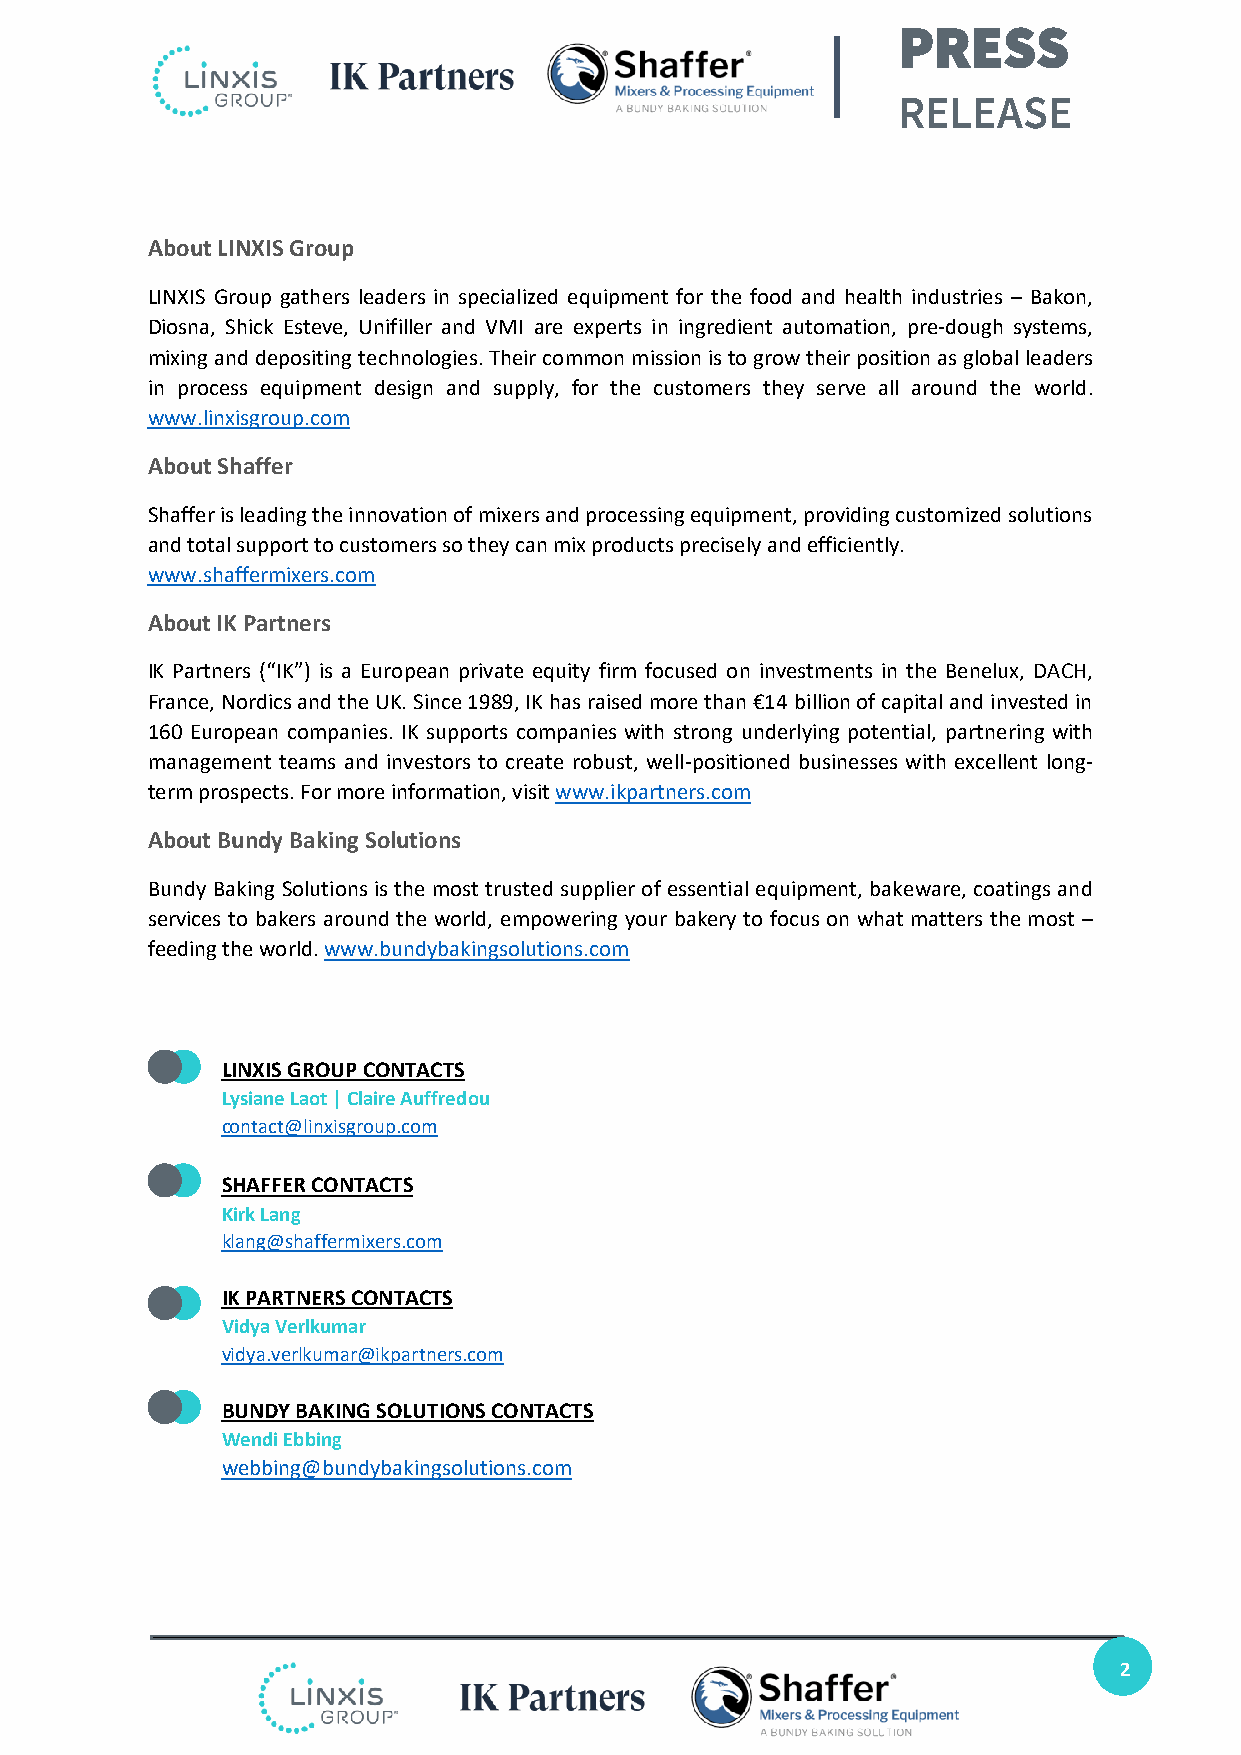
PRESS
 RELEASE
 About LINXIS Group
 LINXIS Group gathers leaders in specialized equipment for the food and health industries – Bakon,
 Diosna, Shick Esteve, Unifiller and VMI are experts in ingredient automation, pre-dough systems,
 mixing and depositing technologies. Their common mission is to grow their position as global leaders
 in process equipment design and supply, for the customers they serve all around the world.
 www.linxisgroup.com
 About Shaffer
 Shaffer is leading the innovation of mixers and processing equipment, providing customized solutions
 and total support to customers so they can mix products precisely and efficiently.
 www.shaffermixers.com
 About IK Partners
 IK Partners (“IK”) is a European private equity firm focused on investments in the Benelux, DACH,
 France, Nordics and the UK. Since 1989, IK has raised more than €14 billion of capital and invested in
 160 European companies. IK supports companies with strong underlying potential, partnering with
 management teams and investors to create robust, well-positioned businesses with excellent long-
 term prospects. For more information, visit www.ikpartners.com
 About Bundy Baking Solutions
 Bundy Baking Solutions is the most trusted supplier of essential equipment, bakeware, coatings and
 services to bakers around the world, empowering your bakery to focus on what matters the most –
 feeding the world. www.bundybakingsolutions.com
 LINXIS GROUP CONTACTS
 Lysiane Laot | Claire Auffredou
 contact@linxisgroup.com
 SHAFFER CONTACTS
 Kirk Lang
 klang@shaffermixers.com
 IK PARTNERS CONTACTS
 Vidya Verlkumar
 vidya.verlkumar@ikpartners.com
 BUNDY BAKING SOLUTIONS CONTACTS
 Wendi Ebbing
 webbing@bundybakingsolutions.com
 2